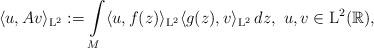
LaTeX: \begin{align*}\langle u,Av \rangle_{{\rm L}^2}:=\int\limits_M \langle u, f(z) \rangle_{{\rm L}^2} \langle g(z), v\rangle_{{\rm L}^2}\, dz, \ u,v\in {\rm L}^2(\mathbb{R}),\end{align*}